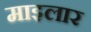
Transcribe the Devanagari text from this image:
माइलार